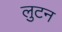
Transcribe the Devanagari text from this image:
लुटन